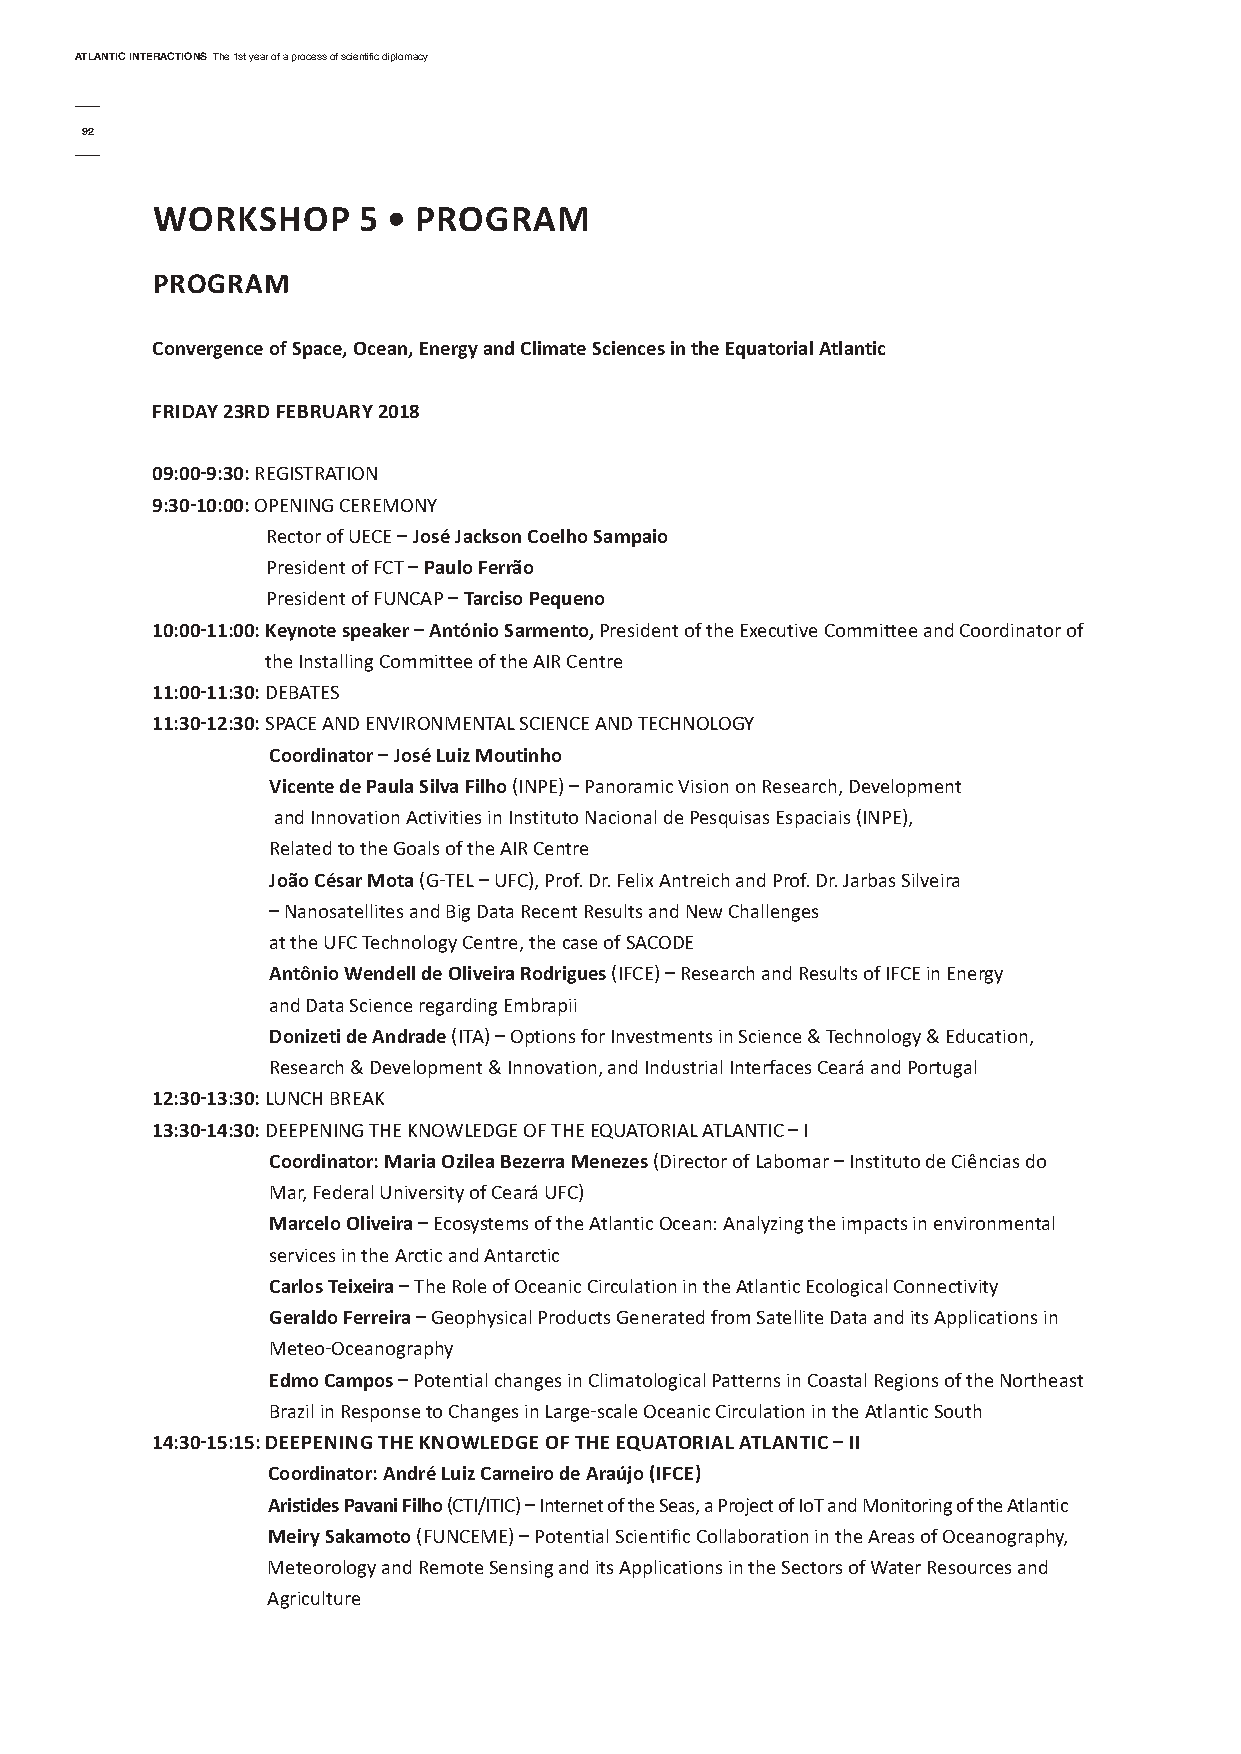
AtlAntic interActionsThe 1st year of a process of scientific diplomacy
 92
 WorKsHoP      5 • ProGrAM
 ProGrAM
 convergence of space, ocean, energy and climate sciences in the equatorial Atlantic
 fridAy 23rd februAry 2018
 09:00-9:30: REGISTRATION
 9:30-10:00: OPENING CEREMONy
 Rector of UECE – José Jackson coelho sampaio
 President of FCT – Paulo ferrão
 President of FUNCAP –tarciso Pequeno
 10:00-11:00: Keynote speaker – António sarmento, President of the Executive Committee and Coordinator of
 the Installing Committee of the AIR Centre
 11:00-11:30:DEBATES
 11:30-12:30: SPACE AND ENVIRONMENTAL SCIENCE AND TECHNOLOGy
 coordinator – José Luiz Moutinho
 Vicente de Paula silva filho(INPE) – Panoramic Vision on Research, Development
 and Innovation Activities in Instituto Nacional de Pesquisas Espaciais (INPE),
 Related to the Goals of the AIR Centre
 João césar Mota (G-TEL – UFC), Prof. Dr. Felix Antreich and Prof. Dr. Jarbas Silveira
 – Nanosatellites and Big Data Recent Results and New Challenges
 at the UFC Technology Centre, the case of SACODE
 Antônio Wendell de oliveira rodrigues (IFCE) – Research and Results of IFCE in Energy
 and Data Science regarding Embrapii
 donizeti de Andrade (ITA) – Options for Investments in Science & Technology & Education,
 Research & Development & Innovation, and Industrial Interfaces Ceará and Portugal
 12:30-13:30: LUNCH BREAK
 13:30-14:30: DEEPENING THE KNOWLEDGE OF THE EQUATORIAL ATLANTIC – I
 coordinator: Maria ozilea bezerra Menezes (Director of Labomar – Instituto de Ciências do
 Mar, Federal University of Ceará UFC)
 Marcelo oliveira – Ecosystems of the Atlantic Ocean: Analyzing the impacts in environmental
 services in the Arctic and Antarctic
 carlos teixeira – The Role of Oceanic Circulation in the Atlantic Ecological Connectivity
 Geraldo ferreira– Geophysical Products Generated from Satellite Data and its Applications in
 Meteo-Oceanography
 edmo campos – Potential changes in Climatological Patterns in Coastal Regions of the Northeast
 Brazil in Response to Changes in Large-scale Oceanic Circulation in the Atlantic South
 14:30-15:15: deePeninG tHe KnoWLedGe of tHe eQuAtoriAL AtLAntic – ii
 coordinator: André Luiz carneiro de Araújo (ifce)
 Aristides Pavani filho (CTI/ITIC) – Internet of the Seas, a Project of IoT and Monitoring of the Atlantic
 Meiry sakamoto (FUNCEME) – Potential Scientific Collaboration in the Areas of Oceanography,
 Meteorology and Remote Sensing and its Applications in the Sectors of Water Resources and
 Agriculture